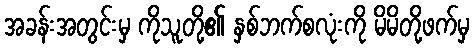
အခန်းအတွင်းမှ ကိုသူတို့၏ နှစ်ဘက်စလုံးကို မိမိတို့ဖက်မှ